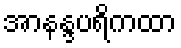
အာနန္ဒပရိကထာ